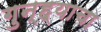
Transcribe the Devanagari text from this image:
गुन्ह्याचा